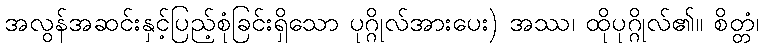
အလွန်အဆင်းနှင့်ပြည့်စုံခြင်းရှိသော ပုဂ္ဂိုလ်အားပေး) အဿ၊ ထိုပုဂ္ဂိုလ်၏။ စိတ္တံ၊